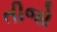
તીજો